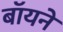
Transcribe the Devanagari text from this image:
बॉयने